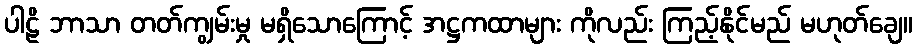
ပါဠိ ဘာသာ တတ်ကျွမ်းမှု မရှိသောကြောင့် အဋ္ဌကထာများ ကိုလည်း ကြည့်နိုင်မည် မဟုတ်ချေ။